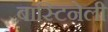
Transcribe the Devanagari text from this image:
बास्टिनेली